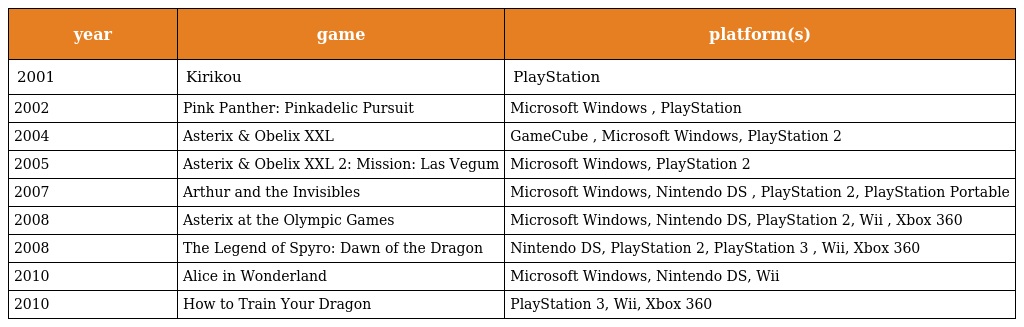
| year | game | platform(s) |
 | --- | --- | --- |
 | 2001 | Kirikou | PlayStation |
 | 2002 | Pink Panther: Pinkadelic Pursuit | Microsoft Windows , PlayStation |
 | 2004 | Asterix & Obelix XXL | GameCube , Microsoft Windows, PlayStation 2 |
 | 2005 | Asterix & Obelix XXL 2: Mission: Las Vegum | Microsoft Windows, PlayStation 2 |
 | 2007 | Arthur and the Invisibles | Microsoft Windows, Nintendo DS , PlayStation 2, PlayStation Portable |
 | 2008 | Asterix at the Olympic Games | Microsoft Windows, Nintendo DS, PlayStation 2, Wii , Xbox 360 |
 | 2008 | The Legend of Spyro: Dawn of the Dragon | Nintendo DS, PlayStation 2, PlayStation 3 , Wii, Xbox 360 |
 | 2010 | Alice in Wonderland | Microsoft Windows, Nintendo DS, Wii |
 | 2010 | How to Train Your Dragon | PlayStation 3, Wii, Xbox 360 |